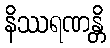
နိဿရဏန္တိ